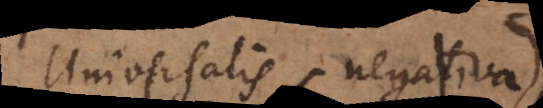
universalis negativa